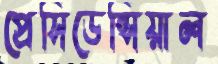
প্রেসিডেন্সিয়াল